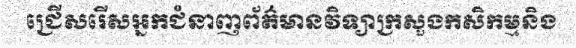
ជ្រើសរើសអ្នកជំនាញព័ត៌មានវិទ្យាក្រសួងកសិកម្មនិង